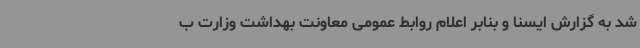
شد به گزارش ایسنا و بنابر اعلام روابط عمومی معاونت بهداشت وزارت ب